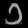
Digit: ၁